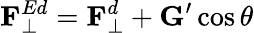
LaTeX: \mathbf{F}_{\bot}^{Ed}=\mathbf{F}_{\bot}^{d}+\mathbf{G}^{\prime}\cos\theta